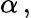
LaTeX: \alpha\, ,